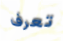
تعرف